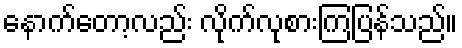
နောက်တော့လည်း လိုက်လုစားကြပြန်သည်။